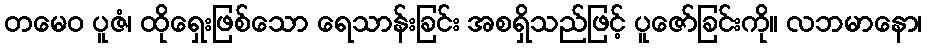
တမေဝ ပူဇံ၊ ထိုရှေးဖြစ်သော ရေသာန်းခြင်း အစရှိသည်ဖြင့် ပူဇော်ခြင်းကို။ လဘမာနော၊